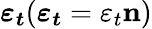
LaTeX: \boldsymbol{\varepsilon_{t}}(\boldsymbol{\varepsilon_{t}}=\varepsilon_{t}\mathbf{n})